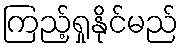
ကြည့်ရှုနိုင်မည်